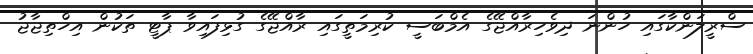
ސްރީލަންކާގައި ހުންނަ ދިވެހިރާއްޖޭގެ އެމްބަސީ ކުރިމަތީގައި ރާއްޖޭގެ ގުޅިފައިވާ ޕާޓީ ތަކުން އިހްތިޖާޖު